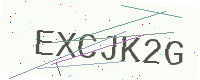
Text: EXCJK2G